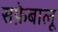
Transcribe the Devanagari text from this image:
सफ़ेबालू